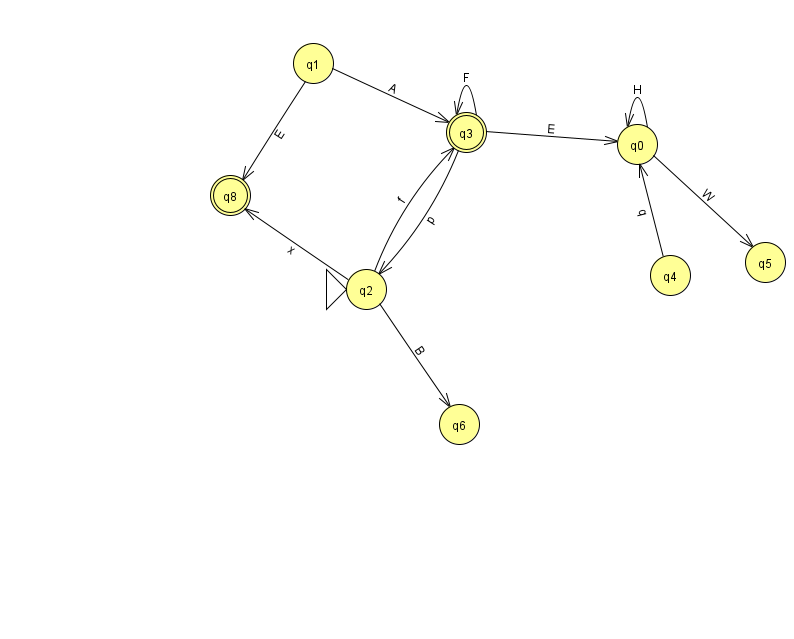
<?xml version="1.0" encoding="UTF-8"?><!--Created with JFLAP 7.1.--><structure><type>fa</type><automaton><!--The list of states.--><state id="0" name="q0"><x>637.0</x><y>131.0</y></state><state id="1" name="q1"><x>313.0</x><y>50.0</y></state><state id="2" name="q2"><x>366.0</x><y>276.0</y><initial/></state><state id="3" name="q3"><x>466.0</x><y>119.0</y><final/></state><state id="4" name="q4"><x>670.0</x><y>262.0</y></state><state id="5" name="q5"><x>765.0</x><y>249.0</y></state><state id="6" name="q6"><x>459.0</x><y>411.0</y></state><state id="8" name="q8"><x>230.0</x><y>182.0</y><final/></state><!--The list of transitions.--><transition><from>0</from><to>5</to><read>W</read></transition><transition><from>2</from><to>6</to><read>B</read></transition><transition><from>2</from><to>8</to><read>x</read></transition><transition><from>1</from><to>3</to><read>A</read></transition><transition><from>1</from><to>8</to><read>E</read></transition><transition><from>4</from><to>0</to><read>q</read></transition><transition><from>3</from><to>3</to><read>F</read></transition><transition><from>0</from><to>0</to><read>H</read></transition><transition><from>3</from><to>2</to><read>p</read></transition><transition><from>3</from><to>0</to><read>E</read></transition><transition><from>2</from><to>3</to><read>f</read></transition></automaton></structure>